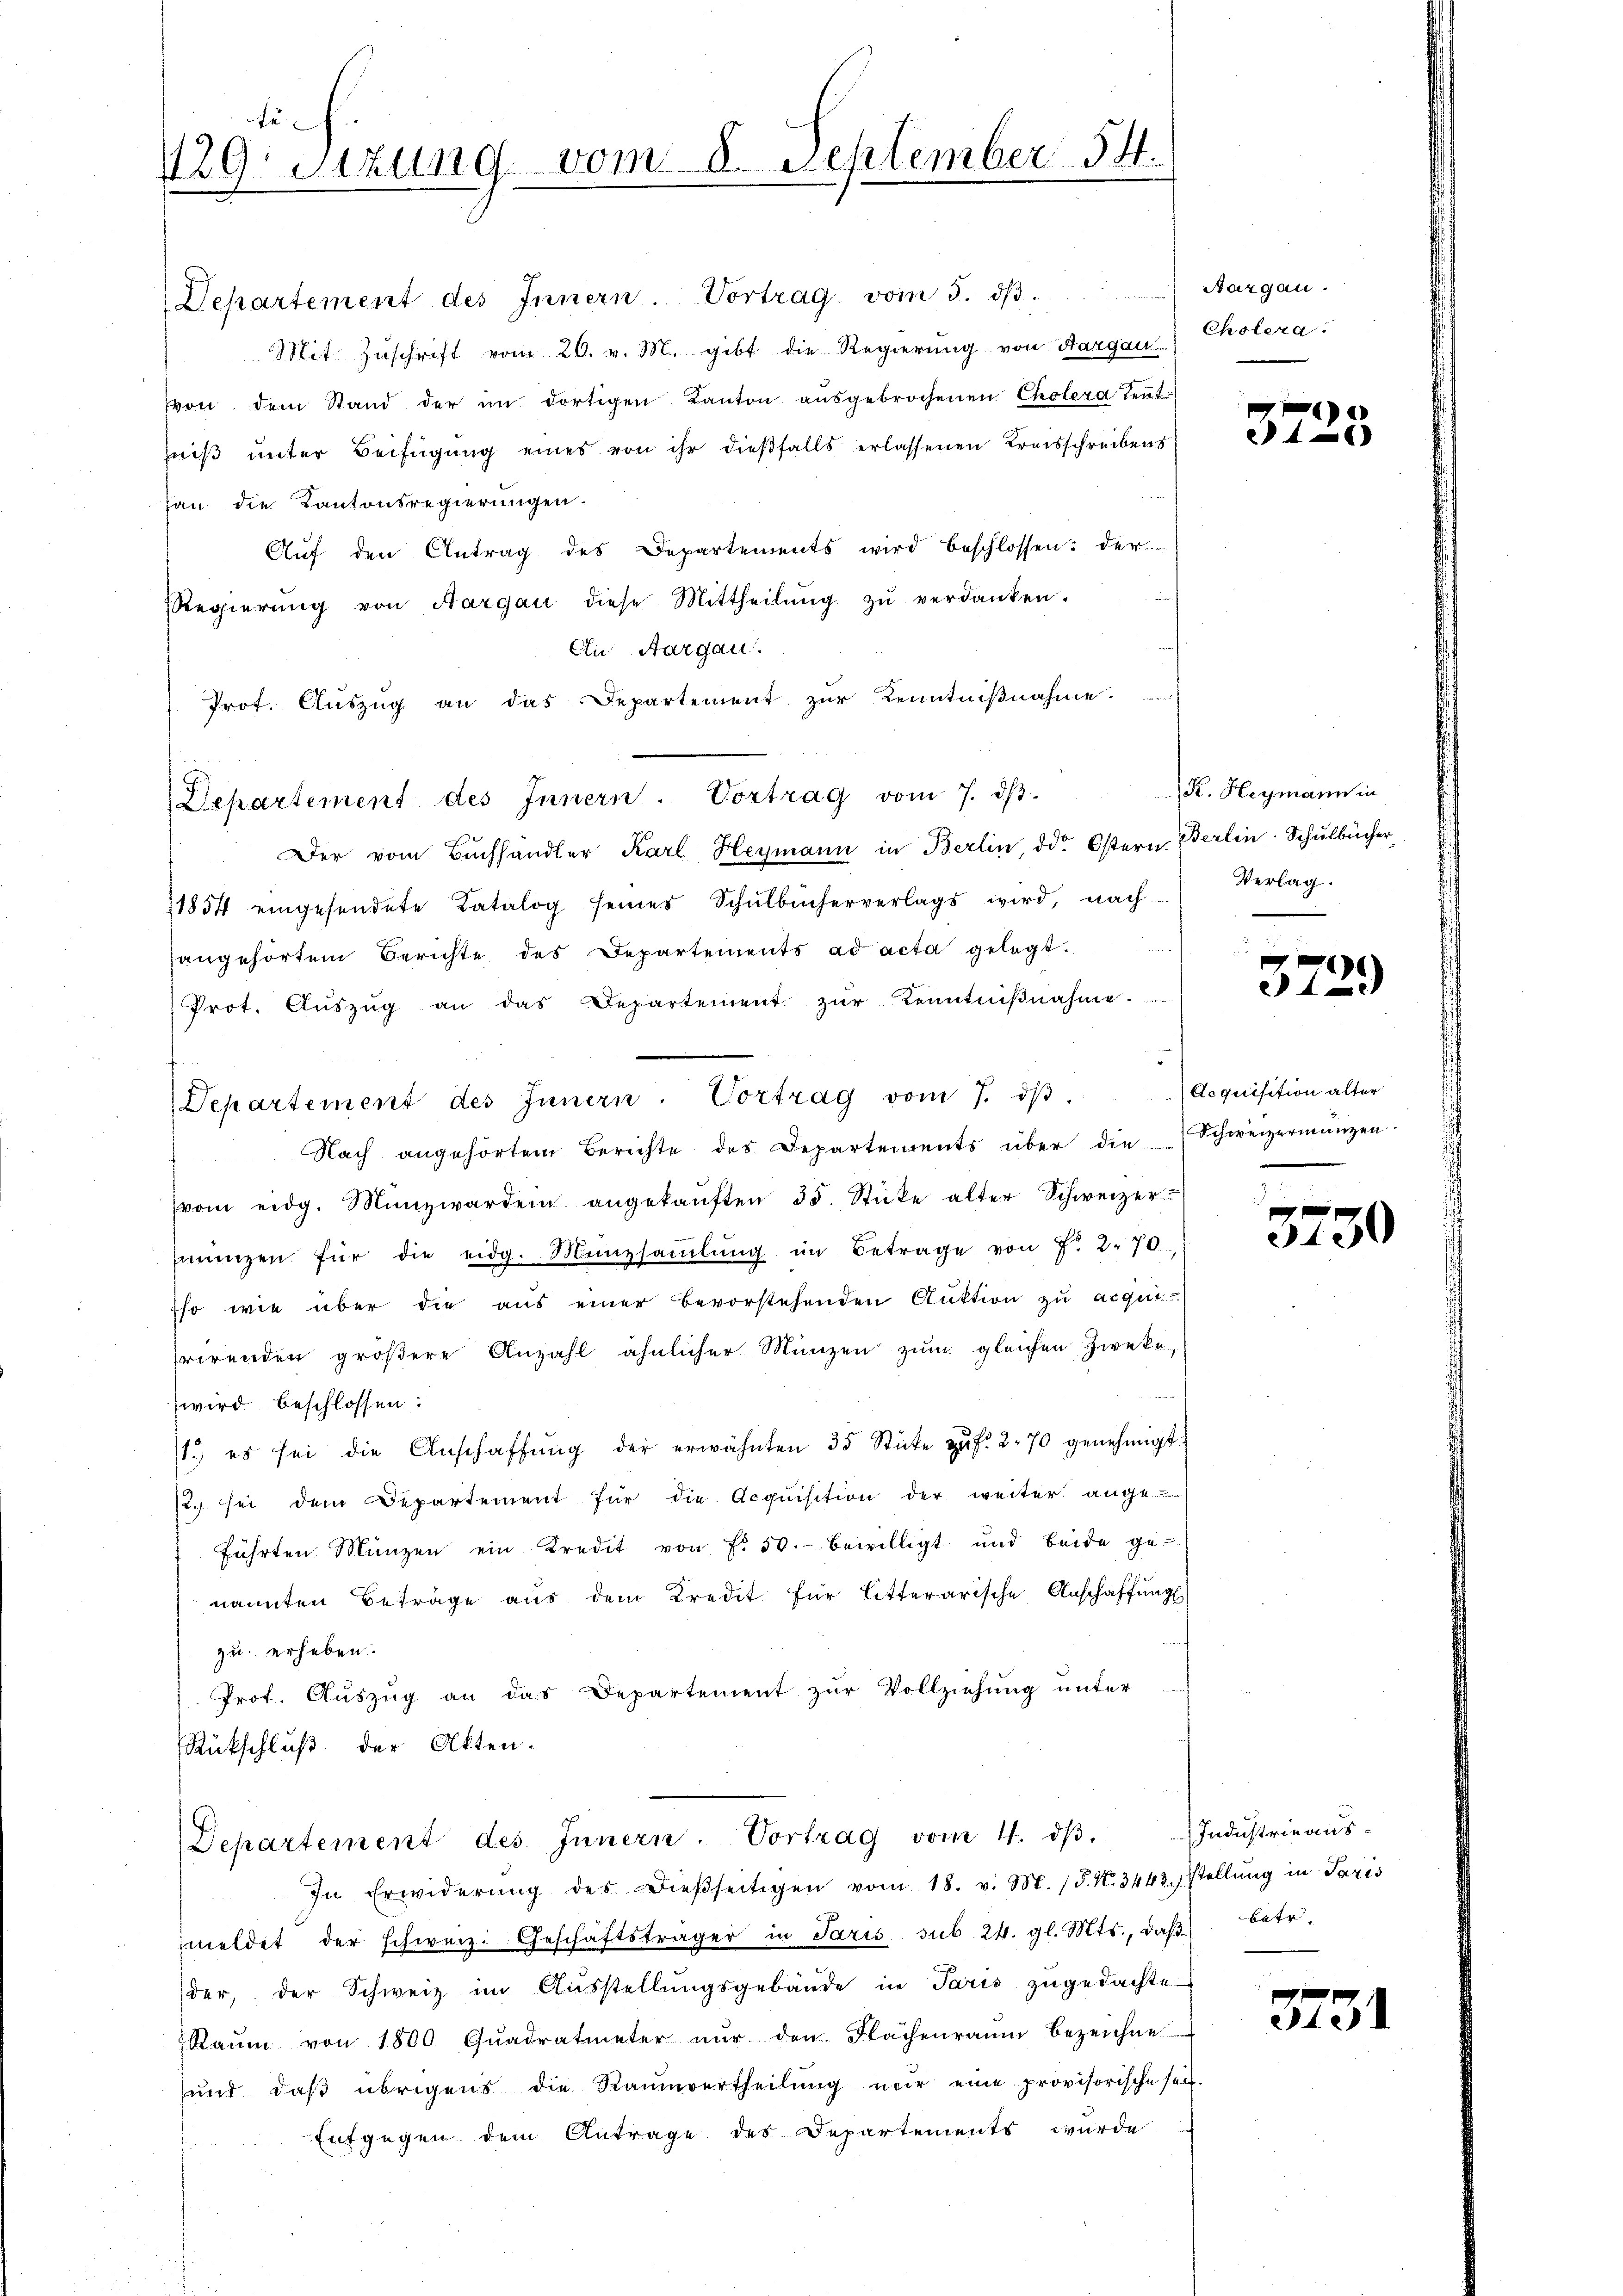
fe
129. Sitzung vom 8. September 54.

Departement des Innern. Vortrag vom 3. dβ. Aargau.
Mit Zŭschrift vom 26. v. M. gibt die Regierung von Aargau (Cholera.
von dem Stand der im dortigen Kanton aŭsgebrochenen Cholera ent-
eiß unter Beifügung eines von ihr dießfalls erlassenen Kreisschreibens
han die Kantonsregierungen.
Aŭf den Antrag des Departements wird beschlossen: der
Regierŭng von Aargau diese Mittheilŭng zŭ verdanken.
An Aargau.
Prof. Aŭszŭg an das Departement zur Kenntnißnahme
Departement des Innern. Vortrag vom 7. dβ.
Der vom Buchhändler Karl Heymann in Berlin, die Ostern Berlin Schulbücher
1854 eingesendete Catalog seines Schŭlbücherverlags wird, nach
angehörten Berichte des Departements ad acta gelegt.
Prot. Aŭszŭg an das Departement zŭr Kenntniβnahme.
Departement des Innern. Vortrag vom 7. dβ. Aequisition alter
 Nach angehörtem Berichte des Departements über die Schweizermŭngen:
(vom eidg. Münzwarden angekaŭften 35. Stücke alter Schweizer-
rŭngen für die eidg. Münzsaṁlŭng im Betrage von f. 2.70
so wie über die aus einer Bevorstehenden Auktion zu acqui-
rirenden größere Anzahl ähnlicher Münzen zum gleichen Zweke,
wird beschlossen:
1.) es sei die Anschaffŭng der erwähnten 35 Stücke zŭ f. 270 genehmigt.
/. sei dem Departement für die Acquisition der weiter ange-
führten Münzen ein Kredit von f. 50. bewilligt und beide ge-
nannten Beträge aus dem Kredit für litterarische Anschaffungs
zu erheben.
Prot. Auszug an das Departement zur Vollziehung unter
Rückschluß der Akten.

Departement des Innern. Vortrag vom 4. dβ.

In Erwiderŭng des Dieβseitigen vom 18. v. M. 15. N. 3443. stellŭng in Paris
meldet der schweiz. Geschäftsträger in Paris sub 24. gl. Mts., daβ betr.
der, der Schweiz im Aŭsstellŭngsgebäŭde in Paris zŭgedachte
Raŭm von 1800 Qŭadratmeter nŭr den Nachenraum bezeichne
und daß übrigens die Rammvertheilung nur eine provisorische sei.
Entgegen dem Antrage des Departements wurde

x
46)

R. Heymann in
Verlag.

372)

3750

Industrieaus

3731